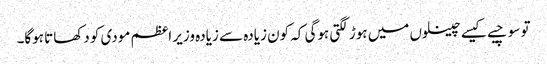
تو سوچیے کیسے چینلوں میں ہوڑ لگتی ہوگی کہ کون زیادہ سے زیادہ وزیر اعظم مودی کو دکھاتا ہوگا۔